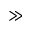
\gg